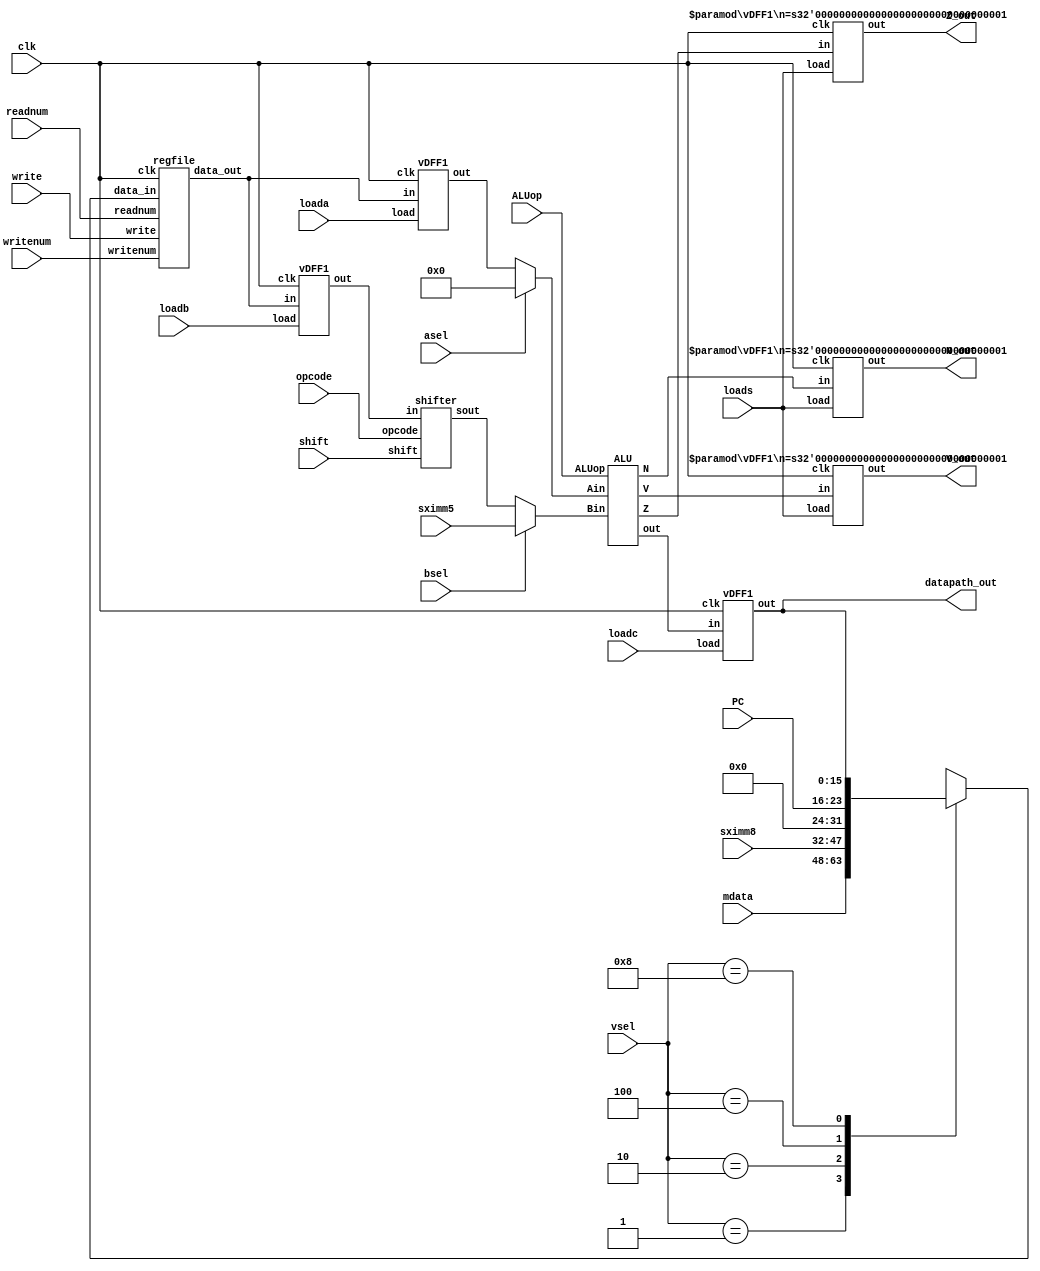
module datapath(clk, readnum, vsel, loada, loadb, shift, asel, bsel, ALUop, 
                loadc, loads, writenum, write, Z_out, datapath_out,
                mdata, sximm8, sximm5, PC, N_out, V_out, opcode);
    
    input clk, loada, loadb, asel, bsel, loadc, loads, write;
    input [3:0] vsel;
    input [1:0] shift, ALUop;
    input [2:0] readnum, writenum;
    input [15:0] mdata, sximm8, sximm5; //datapath_in;
    input [7:0] PC;
    input [2:0] opcode;

    output Z_out;
    output N_out;
    output V_out;
    
    output [15:0] datapath_out;

    reg [15:0] data_in;
    wire [15:0] A_out;
    wire [15:0] B_out;
    wire [15:0] A_ALU_in;
    wire [15:0] B_ALU_in;
    wire [15:0] data_out;
    wire [15:0] sout;
    wire [15:0] ALU_out;
    wire Z;
    wire N;
    wire V;
    wire [15:0] outwire;
    
    //------multiplexer-vsel--------//
    //assign data_in = vsel ? datapath_in : outwire;

    //------New-vsel-Mux--------//
    always @(*) begin
        case(vsel)
            4'b0001: data_in = mdata;
            4'b0010: data_in = sximm8;
            4'b0100: data_in = {8'b0, PC};
            4'b1000: data_in = outwire;
            default: data_in = 16'bx;
        endcase
    end

    regfile REGFILE(data_in, writenum, write, readnum, clk, data_out);

    vDFF1 A_block(clk, loada, data_out, A_out);
    vDFF1 B_block(clk, loadb, data_out, B_out);

    shifter SHIFTER(B_out, opcode, shift, sout);
    
    assign A_ALU_in = asel ? 16'b0 : A_out;
    assign B_ALU_in = bsel ? sximm5 : sout;

    ALU ALU(A_ALU_in, B_ALU_in, ALUop, ALU_out, Z, N, V);

    vDFF1 C_block(clk, loadc, ALU_out, datapath_out);

    vDFF1 #(1) status_blockZ(clk, loads, Z, Z_out);
    vDFF1 #(1) status_blockN(clk, loads, N, N_out);
    vDFF1 #(1) status_blockV(clk, loads, V, V_out);

    assign outwire = datapath_out;

endmodule


//-------------------------------Regfile------------------------------------//
module regfile(data_in,writenum,write,readnum,clk,data_out); 
    input [15:0] data_in;
    input [2:0] writenum, readnum; input write, clk;
    output [15:0] data_out;
    // fill out the rest

    wire [7:0]state;
    wire [7:0]multiwrite;
    wire [15:0]R0, R1, R2, R3, R4, R5, R6, R7;

    wire [7:0] writenum_Out;
    wire [7:0] readnum_Out;

    reg [15:0] data_out;

    DEC writeDecoder(writenum, writenum_Out);
    DEC readDecoder(readnum, readnum_Out);

    assign multiwrite = {8{write}};
    assign state = multiwrite & writenum_Out;

    vDFF1 R_0(clk,state[0],data_in,R0);
    vDFF1 R_1(clk,state[1],data_in,R1);
    vDFF1 R_2(clk,state[2],data_in,R2);
    vDFF1 R_3(clk,state[3],data_in,R3);
    vDFF1 R_4(clk,state[4],data_in,R4);
    vDFF1 R_5(clk,state[5],data_in,R5);
    vDFF1 R_6(clk,state[6],data_in,R6);
    vDFF1 R_7(clk,state[7],data_in,R7);

    always @(*) begin
        case (readnum_Out)
            8'b00000001 : data_out = R0;
            8'b00000010 : data_out = R1;
            8'b00000100 : data_out = R2;
            8'b00001000 : data_out = R3;
            8'b00010000 : data_out = R4;
            8'b00100000 : data_out = R5;
            8'b01000000 : data_out = R6;
            8'b10000000 : data_out = R7;
            default: data_out = {16{1'bx}};
        endcase
    end

endmodule

module vDFF1 (clk,load,in,out);
    parameter n = 16;

    input [n-1:0] in;
    input clk,load;
    output [n-1:0] out;

    reg [n-1:0] out;
    wire [n-1:0] next_out;

    assign next_out= load ? in : out;

    always @(posedge clk) begin
        out=next_out;
    end
endmodule

module DEC (in,out);
parameter n = 3;
parameter m = 8;
    input [n-1:0] in;
    output [m-1:0] out;
    wire [m-1:0] out=1<<in;
endmodule


//-------------------------------ALU------------------------------------//
module ALU(Ain,Bin,ALUop,out,Z,N,V); 
    input [15:0] Ain, Bin;
    input [1:0] ALUop;
    output [15:0] out;
    output Z;
    output N;
    output reg V;
    // fill out the rest

    reg [16:0] overflow;

    reg [15:0] out;
    always @(*) begin
        case (ALUop)
            2'b00:  begin
                        out = Ain + Bin;
                        overflow = Ain + Bin;
                        V = overflow[16];
                    end
            2'b01:  begin
                        out = Ain - Bin;
                        overflow = Ain - Bin;
                        V = overflow[16];
                    end
            2'b10:  begin
                        out = Ain & Bin;
                        overflow = {16{1'b0}};
                        V = 0;
                    end
            2'b11:  begin
                        out = ~Bin;
                        overflow = {16{1'b0}};
                        V = 0;
                    end
            default: begin
                        out = {16{1'bx}};
                        overflow = {17{1'bx}};
                    end
        endcase
    end

    assign Z = ~(|out);
    assign N = out[15];

endmodule 


//-------------------------------Shifter------------------------------------//
module shifter(in,opcode,shift,sout); 
    input [15:0] in;
    input [1:0] shift;
    input [2:0] opcode;
    output [15:0] sout;
    // fill out the rest
    reg [15:0] sout;
    
    always @(*) begin
        if (opcode == 3'b100) begin
            sout = in;
        end
        else begin 
            case (shift)
                2'b00: sout = in;
                2'b01: sout = in<<1;
                2'b10: sout = in>>1;
                2'b11: sout = {in[15], in[15:1]};
                default: sout = {16{1'bx}};
            endcase
        end
    end
endmodule